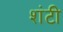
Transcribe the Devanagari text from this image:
शंटी